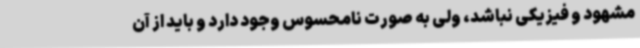
مشهود و فیزیکی نباشد، ولی به صورت نامحسوس وجود دارد و باید از آن